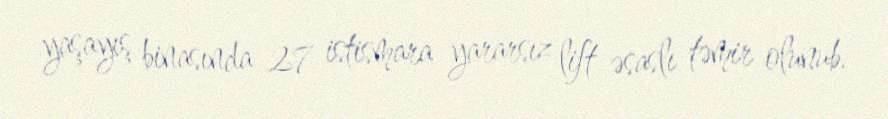
yaşayış binasında 27 istismara yararsız lift əsaslı təmir olunub.